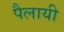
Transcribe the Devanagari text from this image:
पैलायी